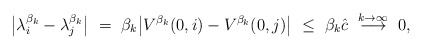
\begin{align*}\big|\lambda_i^{\beta_k} - \lambda_j^{\beta_k}\big| \ = \ \beta_k\big|V^{\beta_k}(0,i) - V^{\beta_k}(0,j)\big| \ \leq \ \beta_k\hat c \ \overset{k\rightarrow\infty}{\longrightarrow} \ 0,\end{align*}